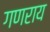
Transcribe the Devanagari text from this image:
गणराय